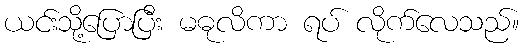
ယင်းသို့ပြောပြီး မဓုလိကာ ရပ် လိုက်လေသည်။